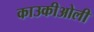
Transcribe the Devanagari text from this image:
काउकीओली